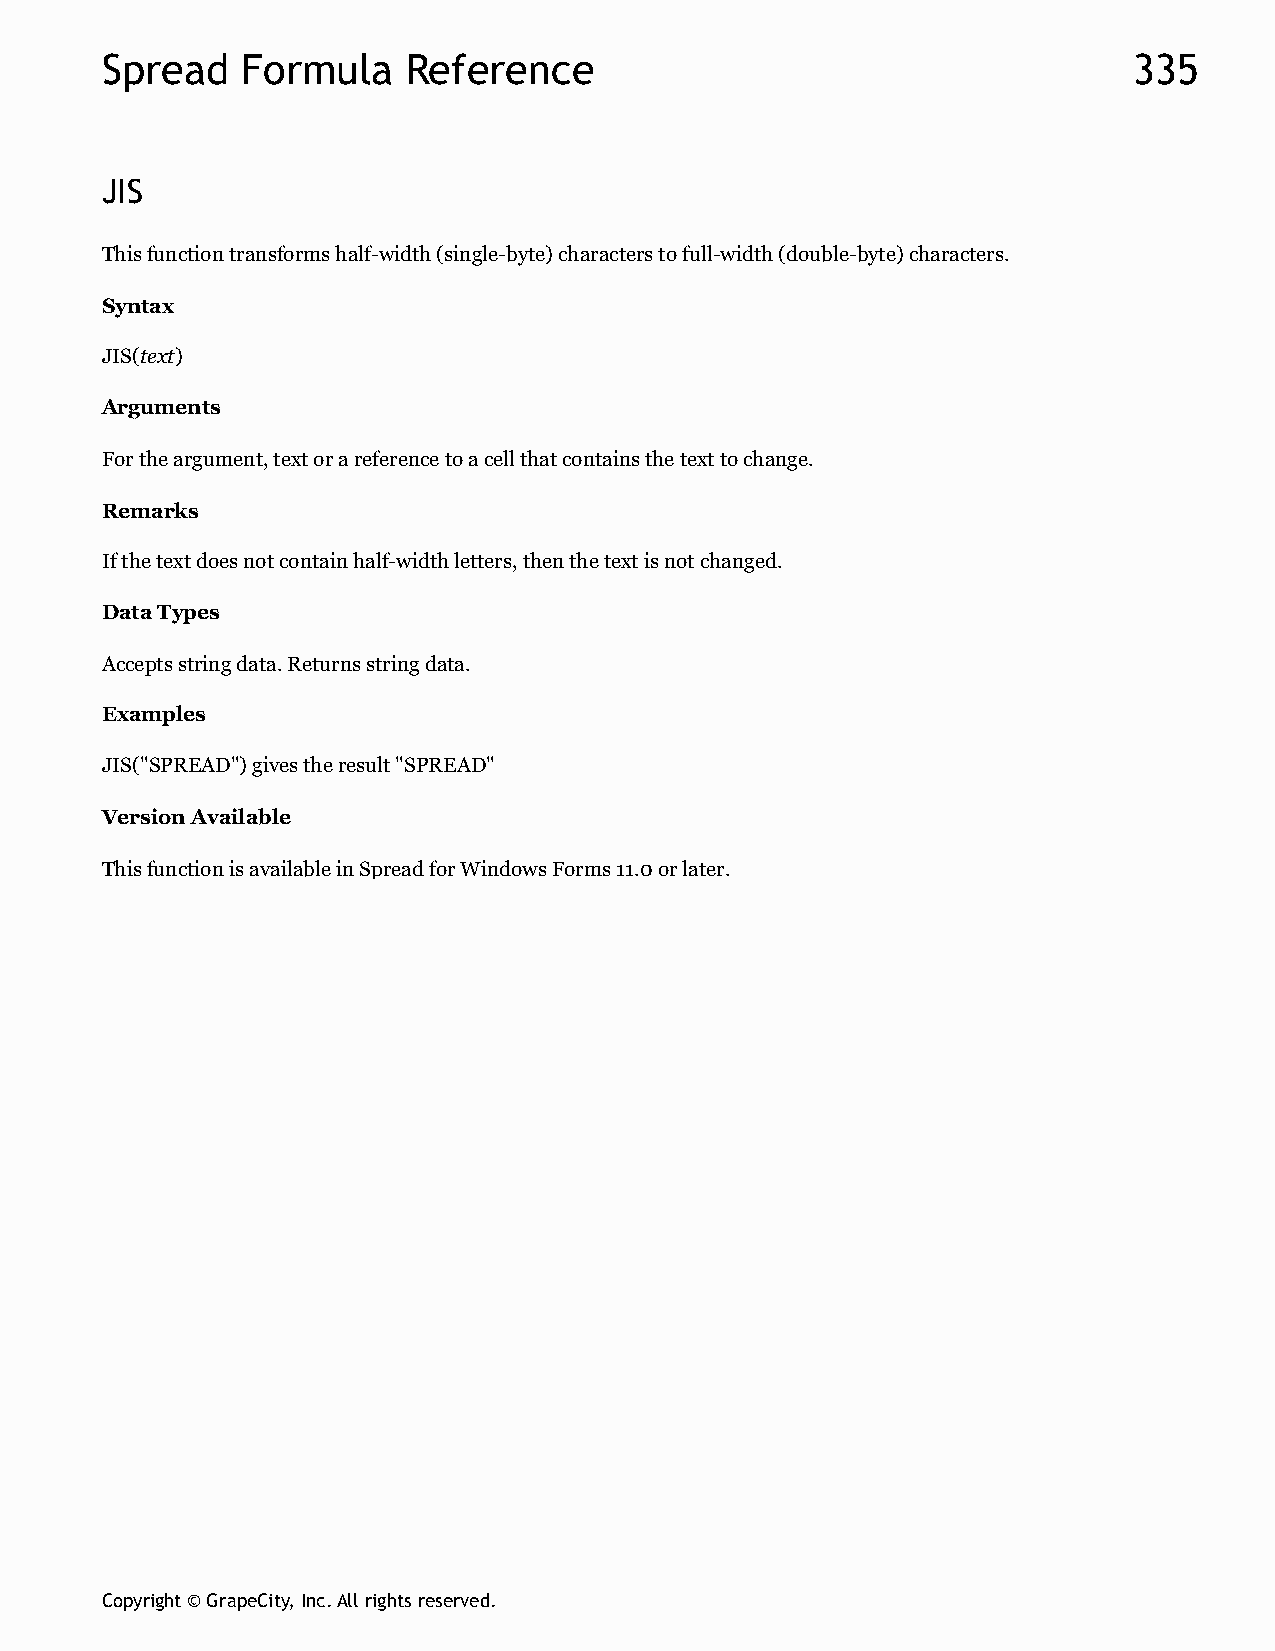
Spread   Formula    Reference                                       335
 JIS
 This function transforms half-width (single-byte) characters to full-width (double-byte) characters.
 Syntax
 JIS(text)
 Arguments
 For the argument, text or a reference to a cell that contains the text to change.
 Remarks
 If the text does not contain half-width letters, then the text is not changed.
 Data Types
 Accepts string data. Returns string data.
 Examples
 JIS("SPREAD") gives the result "SPREAD"
 Version Available
 This function is available in Spread for Windows Forms 11.0 or later.
 Copyright © GrapeCity, Inc. All rights reserved.